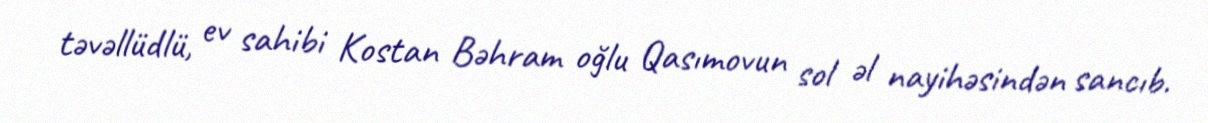
təvəllüdlü, ev sahibi Kostan Bəhram oğlu Qasımovun sol əl nayihəsindən sancıb.